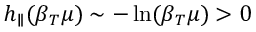
h _ { \parallel } ( \beta _ { T } \mu ) \sim - \ln ( \beta _ { T } \mu ) > 0